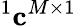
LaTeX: ^1{\mathbf c}^{M\times 1}